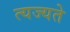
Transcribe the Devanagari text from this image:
त्यज्यते